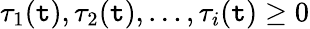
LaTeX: \tau_{1}(\mathtt{t}),\tau_{2}(\mathtt{t}),\ldots,\tau_{i}(\mathtt{t})\geq0